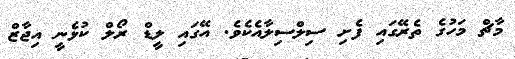
މާޗް މަހުގެ ތެރޭގައި ފެށި ސިލްސިލާއެކެވެ. އޭގައި ލީޑް ރޯލް ކުޅެނީ އިޖާޒް